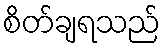
စိတ်ချရသည်